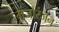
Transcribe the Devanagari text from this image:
मंजोरंजन